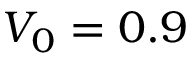
V _ { 0 } = 0 . 9